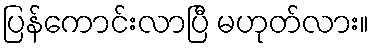
ပြန်ကောင်းလာပြီ မဟုတ်လား။